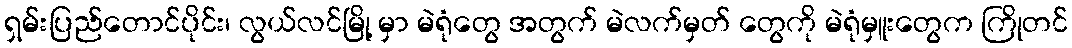
ရှမ်းပြည်တောင်ပိုင်း၊ လွယ်လင်မြို့ မှာ မဲရုံတွေ အတွက် မဲလက်မှတ် တွေကို မဲရုံမှူးတွေက ကြိုတင်